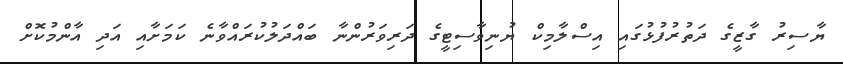
ޔާސިރު ގާޒީގެ ދަތުރުފުޅުގައި އިސްލާމިކް ޔުނިވާސިޓީގެ ދަރިވަރުންނާ ބައްދަލުކުރައްވާނެ ކަމަށާއި އަދި އާންމުކޮށް